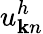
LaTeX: u_{{\mathbf k}n}^{h}